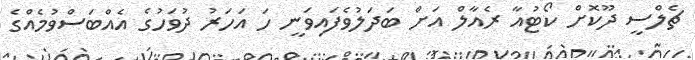
ޗެލްސީ ދޫކޮށް ކޯޓުއާ ރެއާލް އަށް ބަދަލުވެފައިވަނީ ހަ އަހަރު ދުވަހުގެ އެއްބަސްވުމެއްގެ